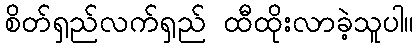
စိတ်ရှည်လက်ရှည် ထီထိုးလာခဲ့သူပါ။